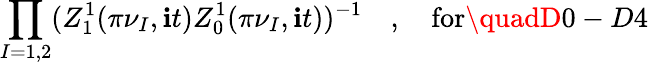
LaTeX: \prod_{I=1,2}(Z_{1}^{1}(\pi\nu_{I},\mathbf{i}t)Z_{0}^{1}(\pi\nu_{I},\mathbf{i}t))^{-1}\quad,\quad\mathrm{{for}}\quadD0-D4